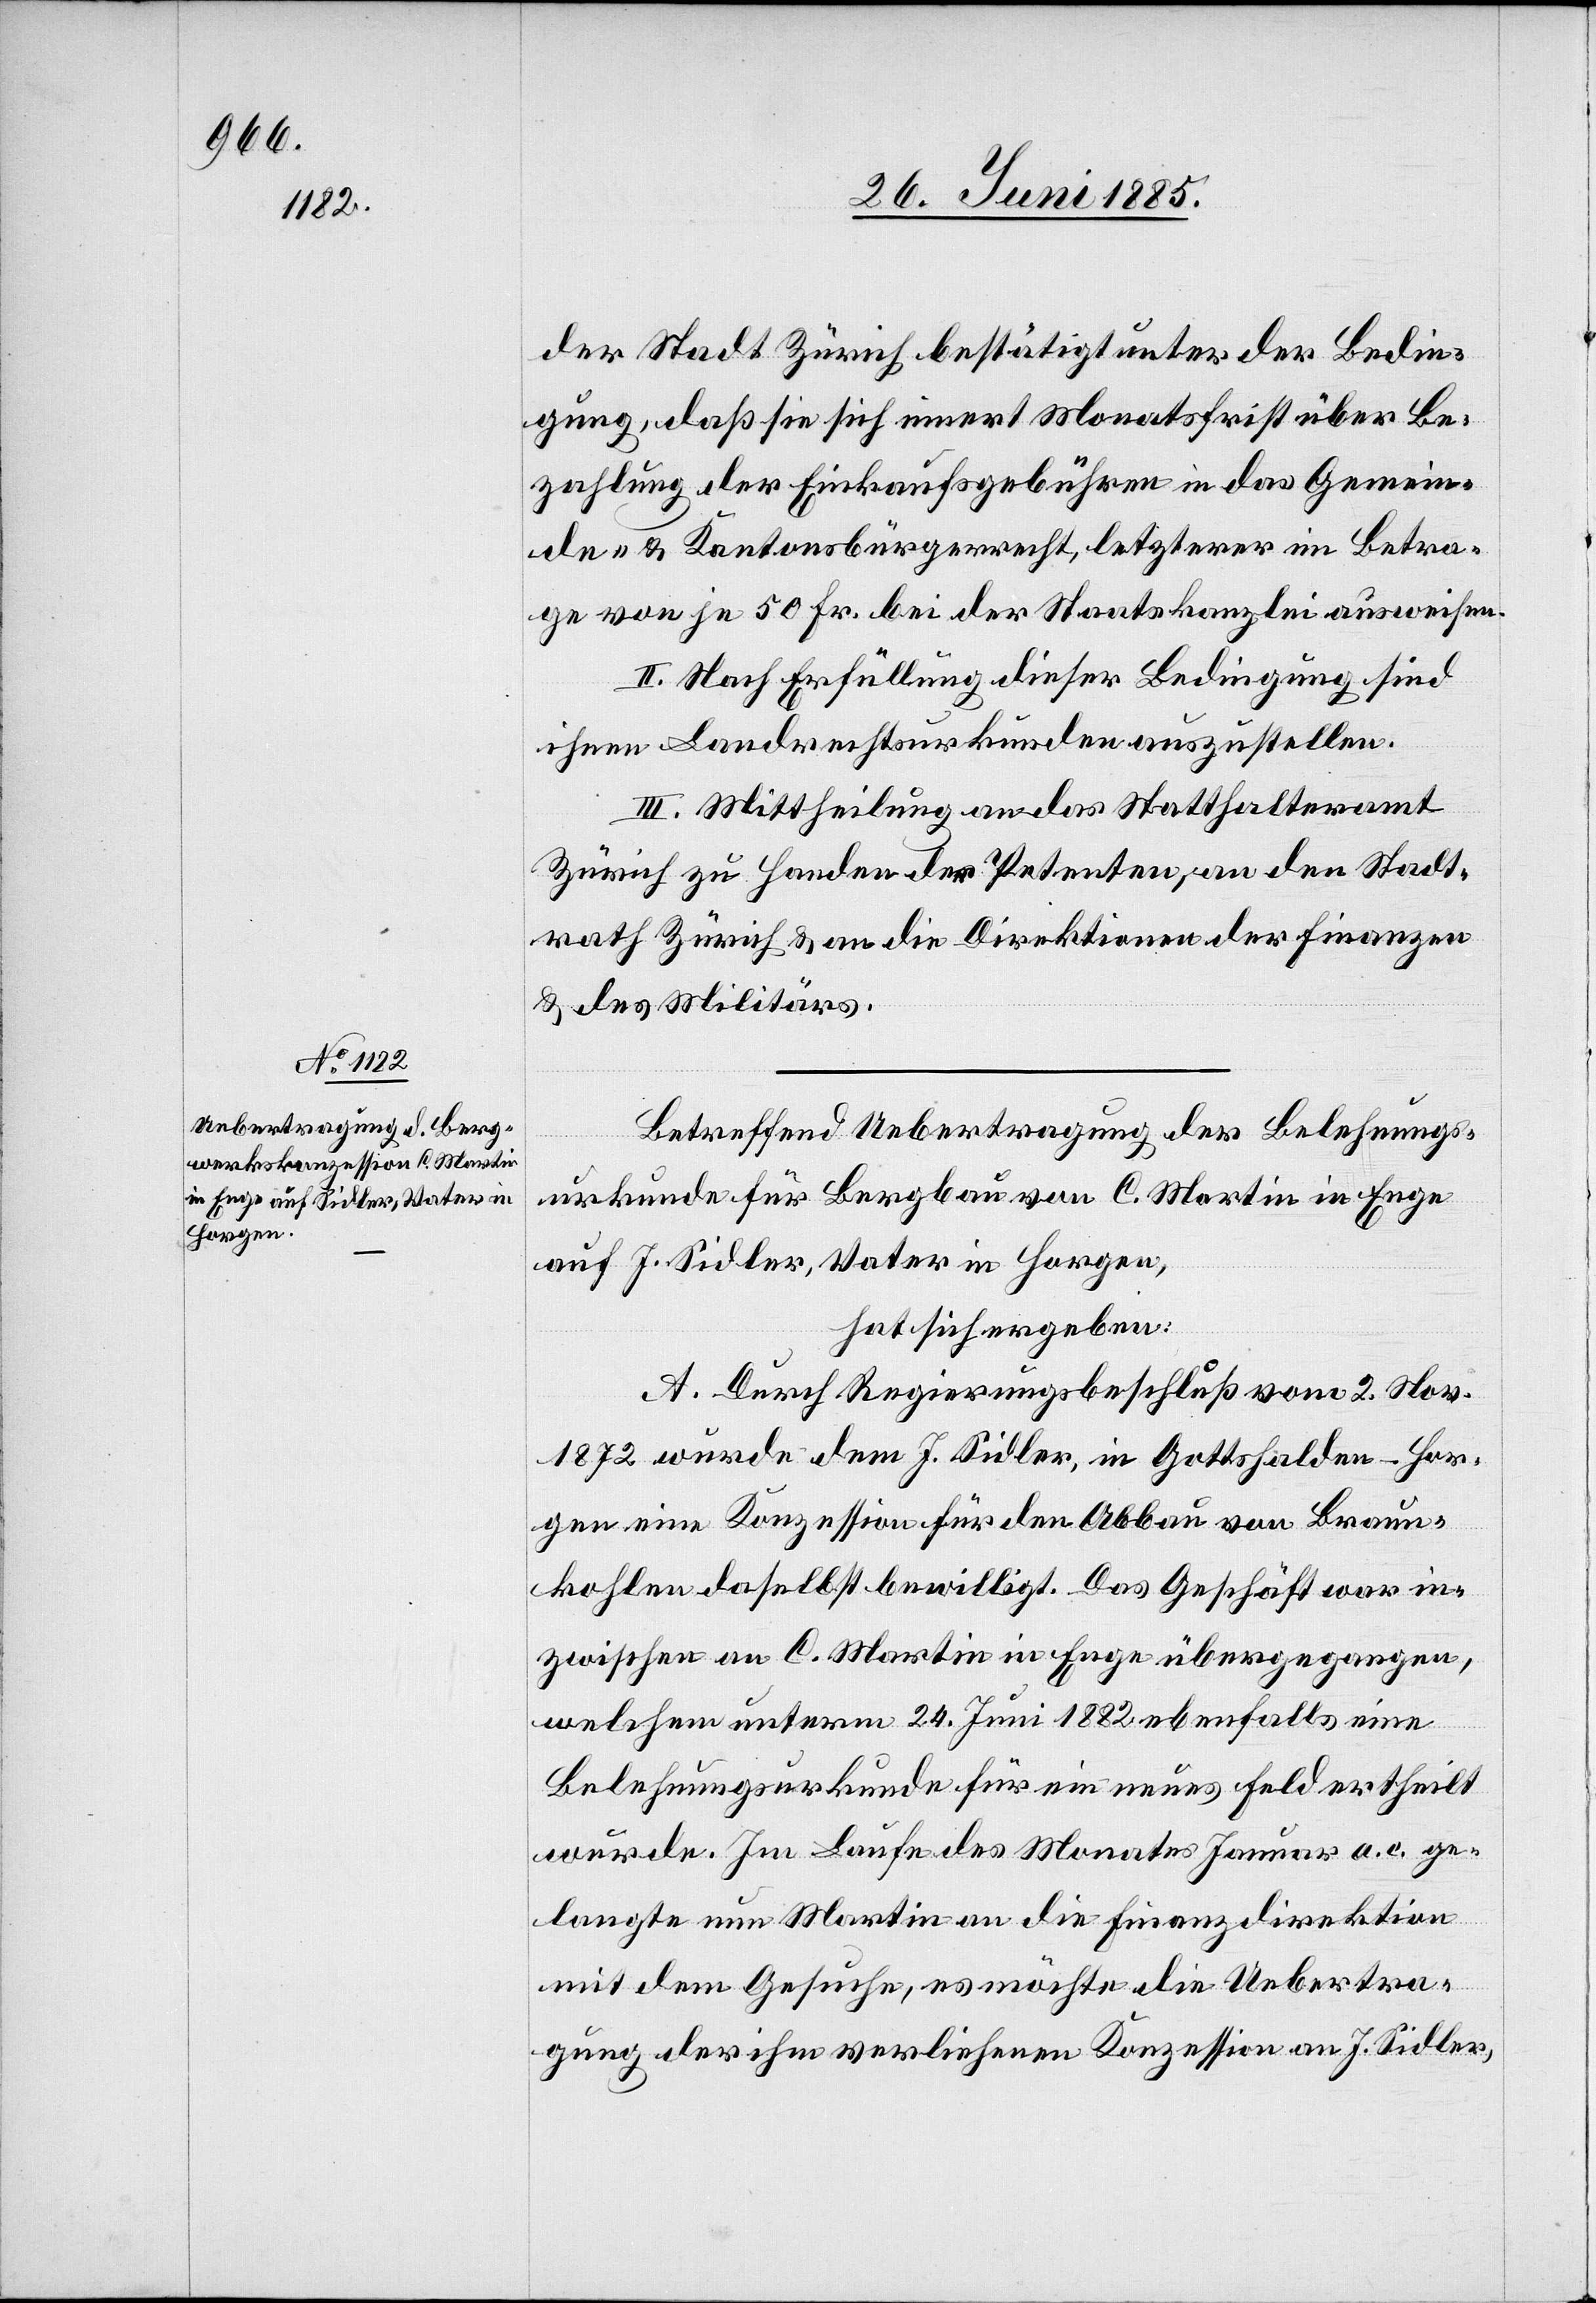
der Stadt Zürich bestätigt unter der Bedin¬
gung, daß sie sich innert Monatsfrist über Be¬
zahlung der Einkaufsgebühren in das Gemein¬
de- & Kantonsbürgerrecht, letzterer im Betra¬
ge von je 50 Fr. bei der Staatskanzlei ausweisen.
II. Nach Erfüllung dieser Bedingung sind
ihnen Landrechtsurkunden auszustellen.
III. Mittheilung an das Statthalteramt
Zürich zu Handen der Petenten, an den Stadt¬
rath Zürich & an die Direktionen der Finanzen
& des Militärs.
Betreffend Uebertragung der Belehnungs¬
urkunde für Bergbau von C. Martin in Enge
auf J. Sidler, Vater in Horgen,
hat sich ergeben:
A. Durch Regierungsbeschluß vom 2. März
1872 wurde dem J. Sidler, in Gottshalden - Hor¬
gen eine Konzession für den Abbau von Braun¬
kohlen daselbst bewilligt. Das Geschäft war in¬
zwischen an C. Martin in Enge übergegangen,
welchem unterm 24. Juni 1882 ebenfalls eine
Belehnungsurkunde für ein neues Feld ertheilt
wurde. Im Laufe des Monates Januar a. c. ge¬
langte nun Martin an die Finanzdirektion
mit dem Gesuche, es möchte die Uebertra¬
gung der ihm verliehenen Konzession an J. Sidler,